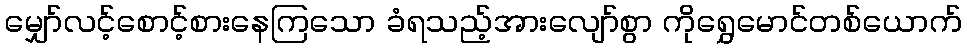
မျှော်လင့်စောင့်စားနေကြသော ခံရသည့်အားလျော်စွာ ကိုရွှေမောင်တစ်ယောက်